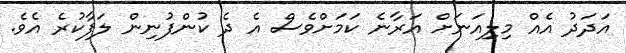
އަދަދު އެއް މިލިިއަނަަށް އަރާނެ ކަމަށްވެސް އެ ދެ ކުންފުނިން ލަފާކުރެ އެވެ.